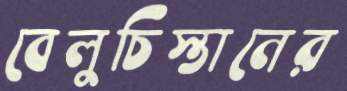
বেলুচিস্তানের